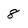
Character: 8